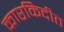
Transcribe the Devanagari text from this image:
कारकिदीत